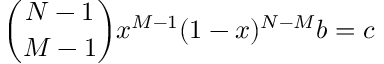
\binom { N - 1 } { M - 1 } x ^ { M - 1 } ( 1 - x ) ^ { N - M } b = c